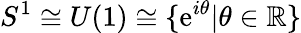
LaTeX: S^{1}\cong U(1)\cong\{ \mathrm{e}^{i\theta}|\theta\in\mathbb{R}\}